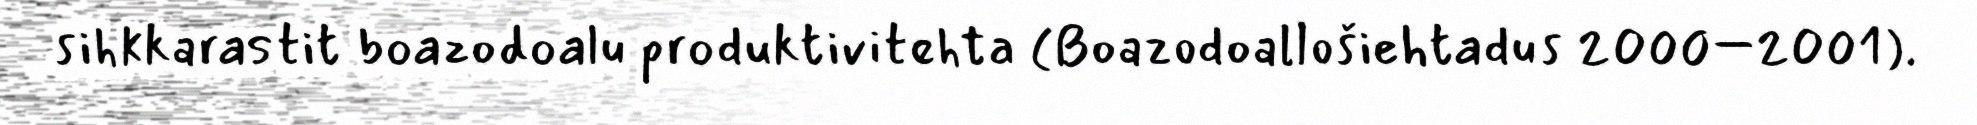
sihkkarastit boazodoalu produktivitehta (Boazodoallošiehtadus 2000–2001).